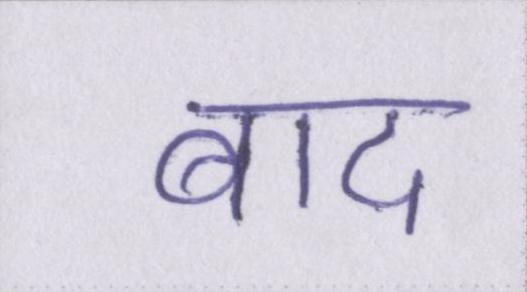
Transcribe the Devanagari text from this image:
बाद